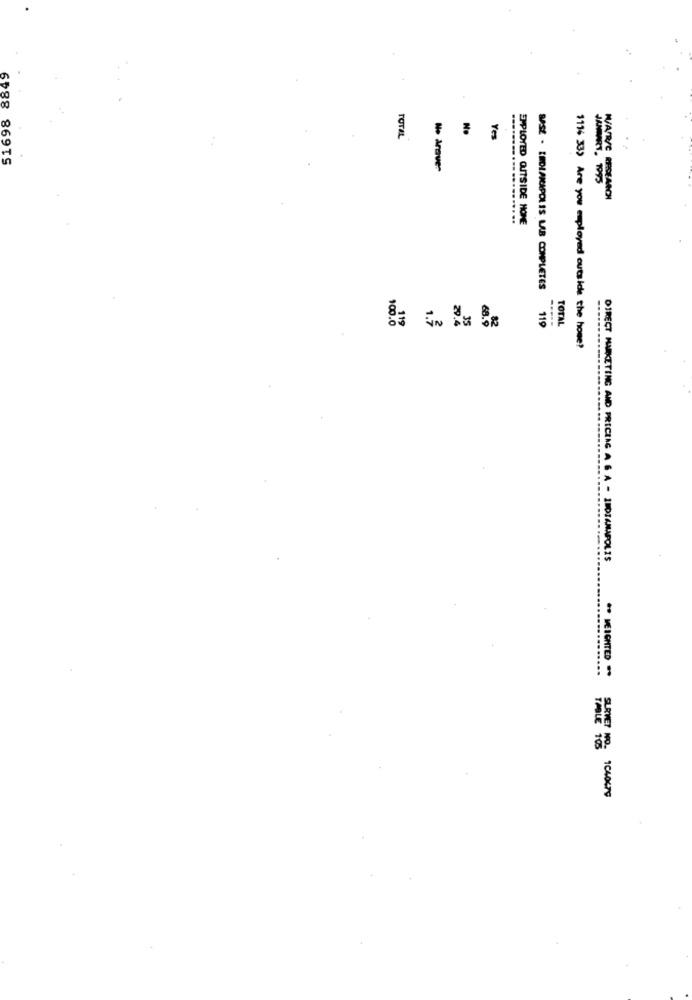
51698 8849
No
TOTAL
Yes
No åraver
EMPLOYED OUTSIDE HOME
BASE - LIDIANAPOLIS LAB COMPLETES
100.0
119
1.7
82
119
TOTAL
68.9
1114 33) Are you employed outside the home?
DIRECT MARKETING AND PRICING A 6 A - INDIANAPOLIS
. WEIGHTED **